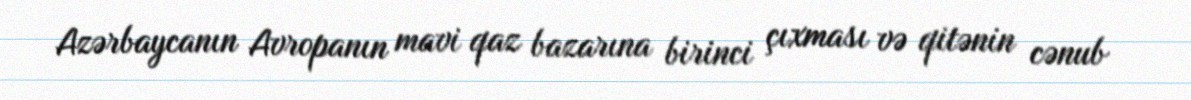
Azərbaycanın Avropanın mavi qaz bazarına birinci çıxması və qitənin cənub